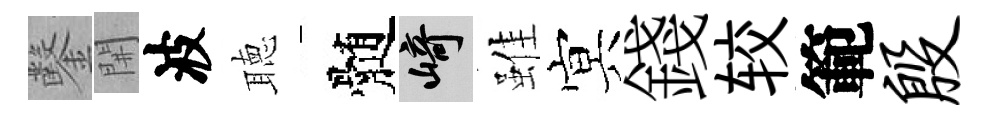
鑿𨳩波聴髄崎雖㝠錢较範殷